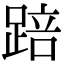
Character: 踣